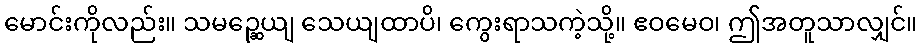
မောင်းကိုလည်း။ သမဉ္ဆေယျ သေယျထာပိ၊ ကွေးရာသကဲ့သို့။ ဧဝမေဝ၊ ဤအတူသာလျှင်။